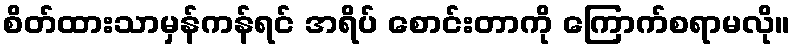
စိတ်ထားသာမှန်ကန်ရင် အရိပ် စောင်းတာကို ကြောက်စရာမလို။